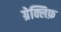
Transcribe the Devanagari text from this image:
ग्रेक्लिफ़